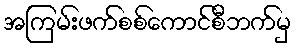
အကြမ်းဖက်စစ်ကောင်စီဘက်မှ